Riigikantselei, lk 6
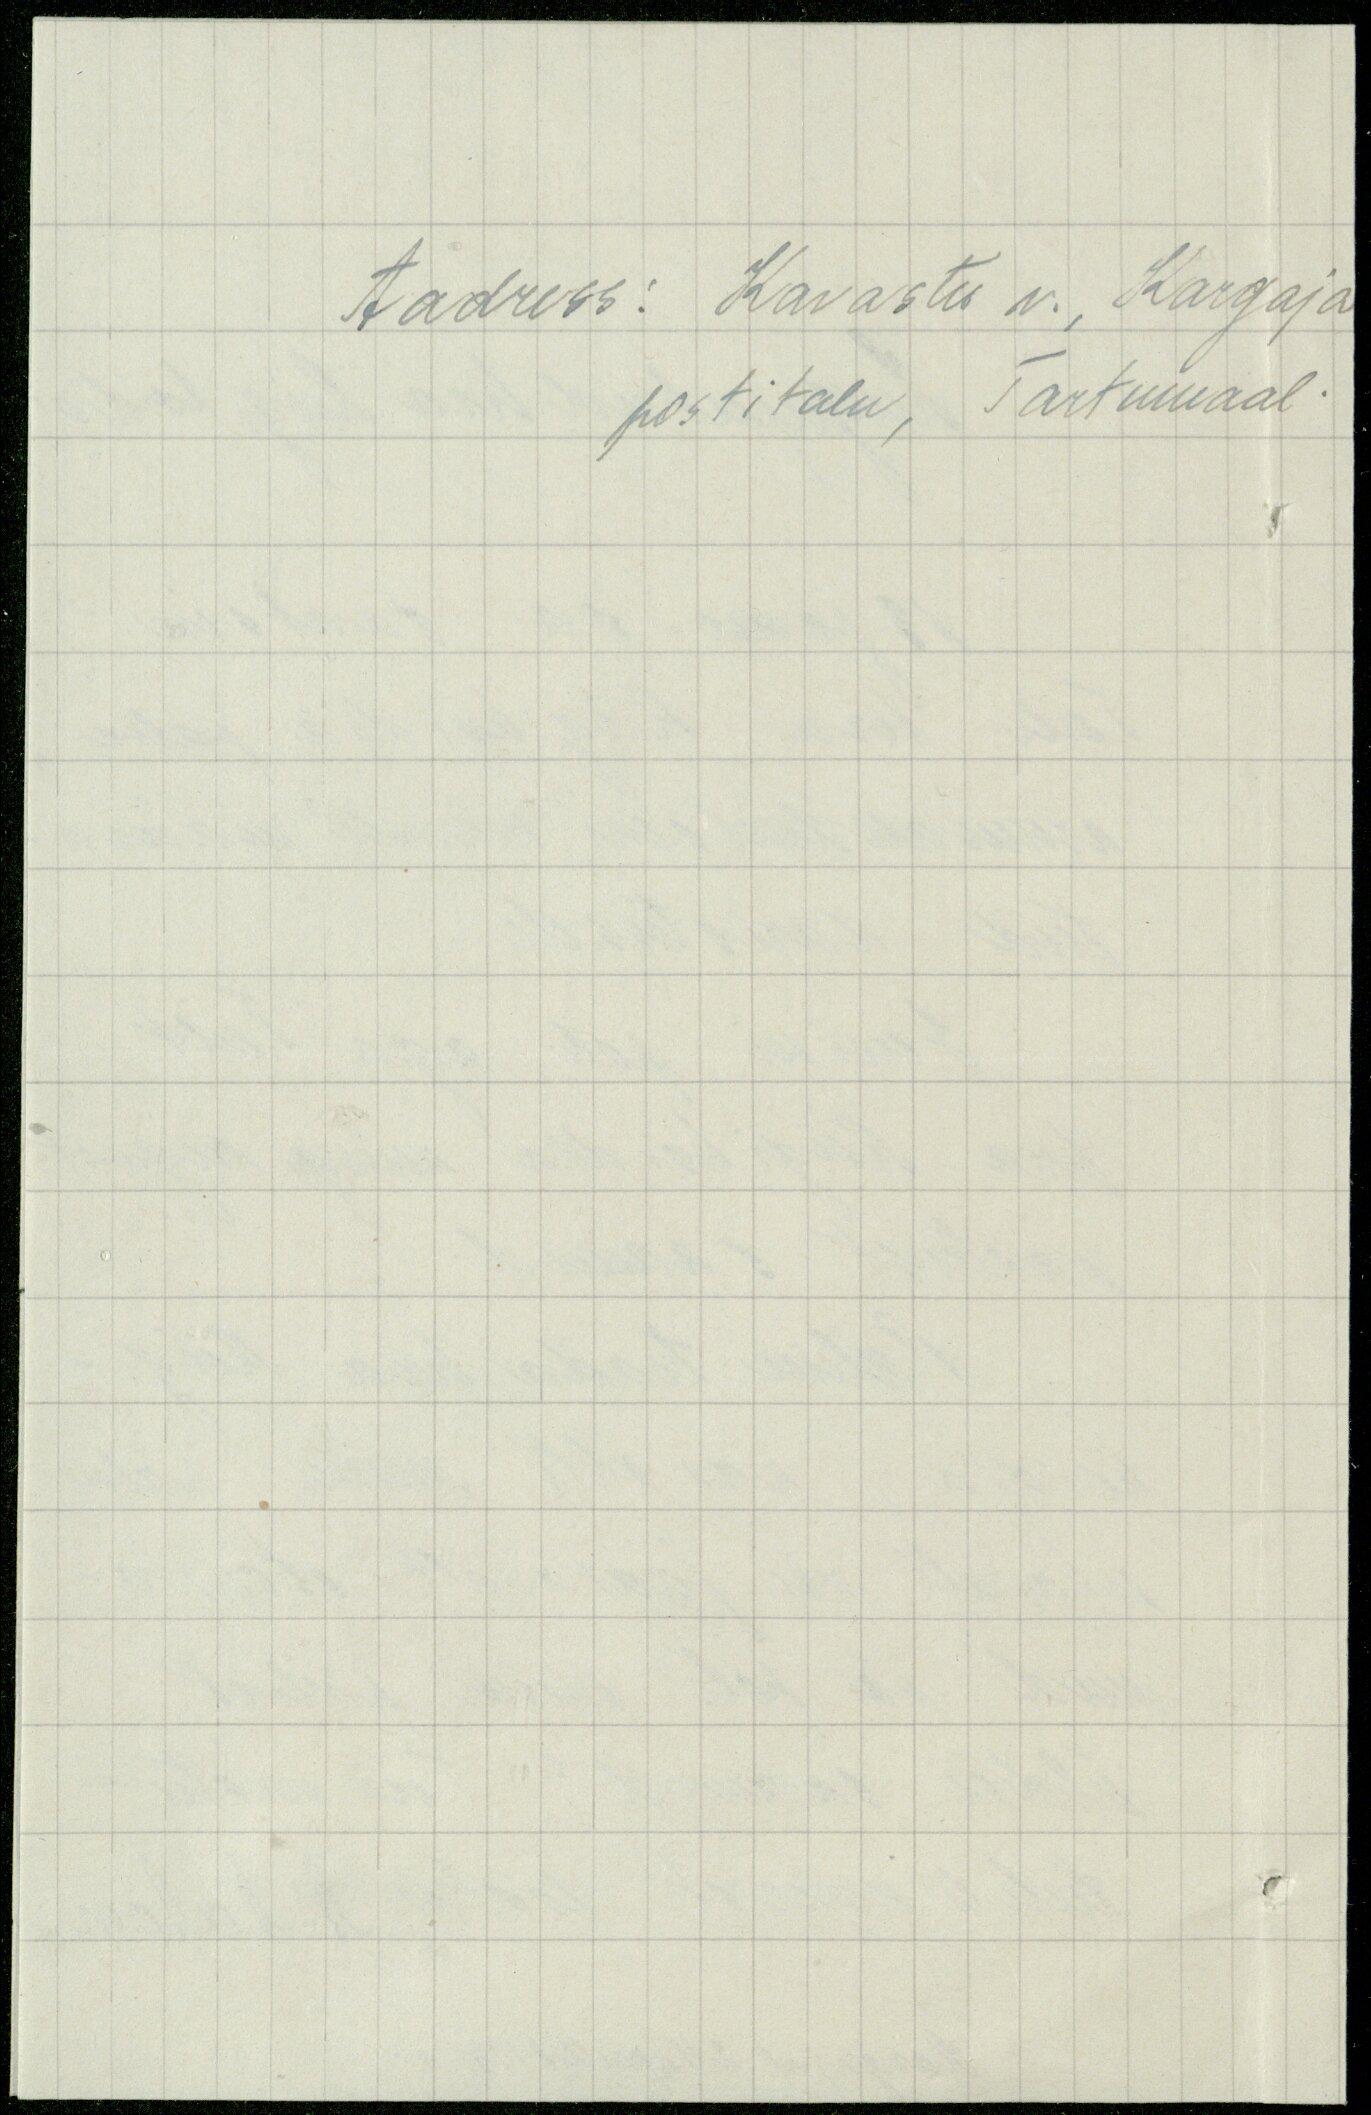
Aadress: Kavastu v., Kargaja
postitalu, Tartumaal.